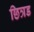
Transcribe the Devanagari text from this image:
छित्रड